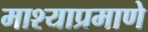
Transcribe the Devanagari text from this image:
माश्याप्रमाणे